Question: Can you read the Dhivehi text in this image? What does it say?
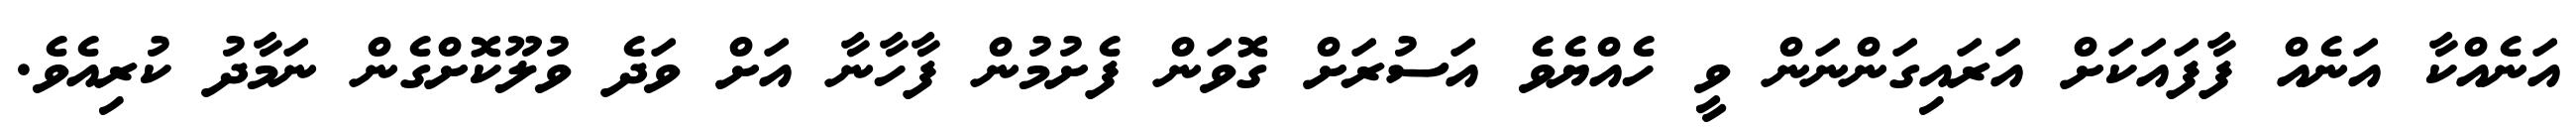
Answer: އަނެއްކާ އަނެއް ފާފައަކަށް އަރައިގަންނަން ވީ ހެއްޔެވެ އަސުރަށް ގޮވަން ފެށުމުން ފާހާނާ އަށް ވަދެ ވުލޫކޮށްގެން ނަމާދު ކުރިއެވެ.